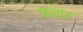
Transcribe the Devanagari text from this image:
फ़टाउ